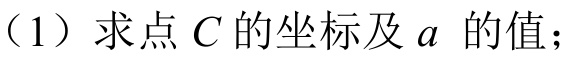
（1）求点\(C\)的坐标及\(a\) 的值；